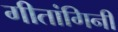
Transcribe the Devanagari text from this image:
गीतांगिनी